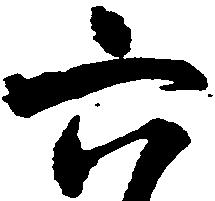
六